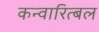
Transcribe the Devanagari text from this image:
कन्वारित्बल